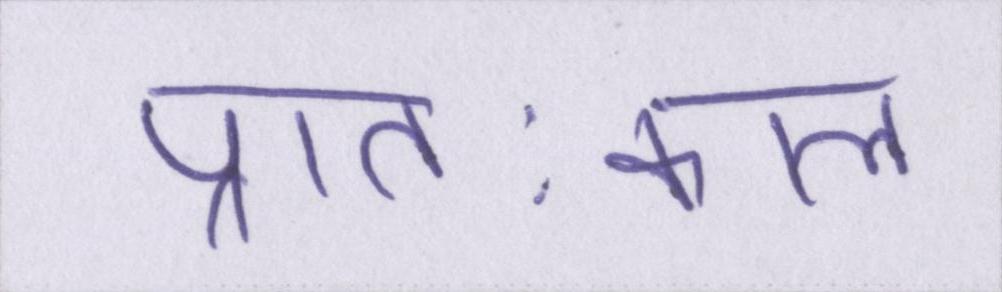
प्रातःकाल